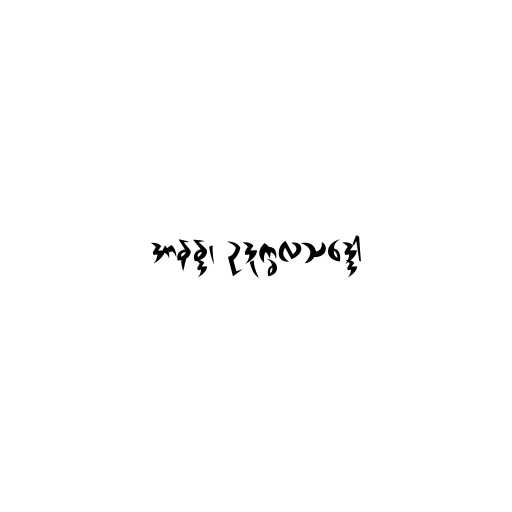
အာနန္ဒ၊ ဥဒုက္ခလသဒ္ဒော